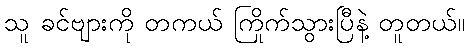
သူ ခင်ဗျားကို တကယ် ကြိုက်သွားပြီနဲ့ တူတယ်။